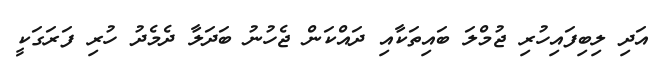
އަދި ލިބިފައިހުރި ޖުމްލަ ބައިތަކާއި ދައްކަން ޖެހުނު ބަދަލާ ދެމެދު ހުރި ފަރަގަކީ